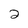
Character: 2